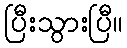
ပြီးသွားပြီ။